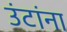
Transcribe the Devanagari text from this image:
उंटांना